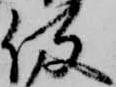
役